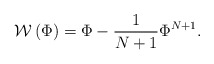
\begin{align*}{\mathcal W}\left(\Phi\right)=\Phi-\frac{1}{N+1}\Phi^{N+1}. \end{align*}